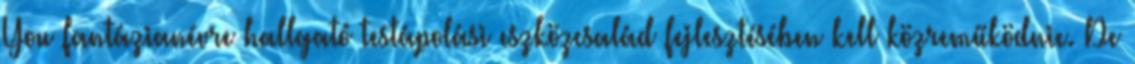
You fantázianévre hallgató testápolási eszközcsalád fejlesztésében kell közreműködnie. De